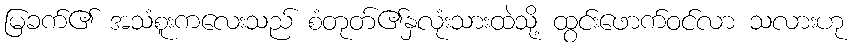
မြခက်၏ အသံစူးကလေးသည် စံတုတ်၏နှလုံးသားထဲသို့ ထွင်းဖောက်ဝင်လာ သလားဟု